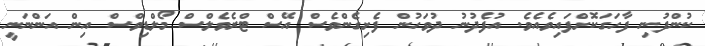
ކުންފުނި ފާހަގަކޮށްފައިވެއެވެ. އުފެދުނު ދުވަހުން ފެށިގެންވެސް އޭސް ޓްރެވެލްސް މޯލްޑިވްސް އިން އަންނަނީ